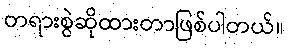
တရားစွဲဆိုထားတာဖြစ်ပါတယ်။